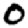
Digit: 0